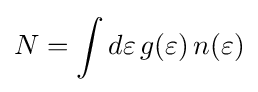
N=\int d\varepsilon \,g(\varepsilon )\,n(\varepsilon )